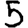
Digit: 5